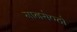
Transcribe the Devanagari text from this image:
मानसेण्टो